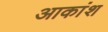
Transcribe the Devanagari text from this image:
आकांश